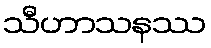
သီဟာသနဿ